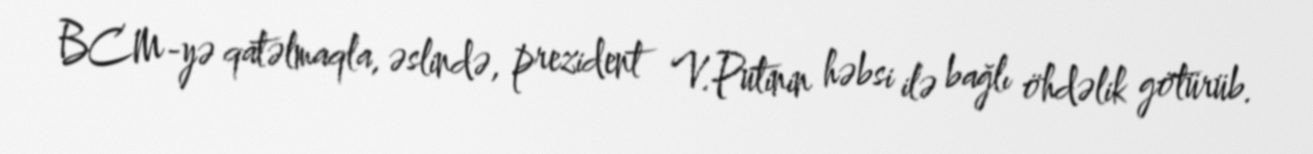
BCM-yə qatəlmaqla, əslində, prezident V.Putinin həbsi ilə bağlı öhdəlik götürüb.